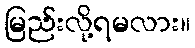
မြည်းလို့ရမလား။